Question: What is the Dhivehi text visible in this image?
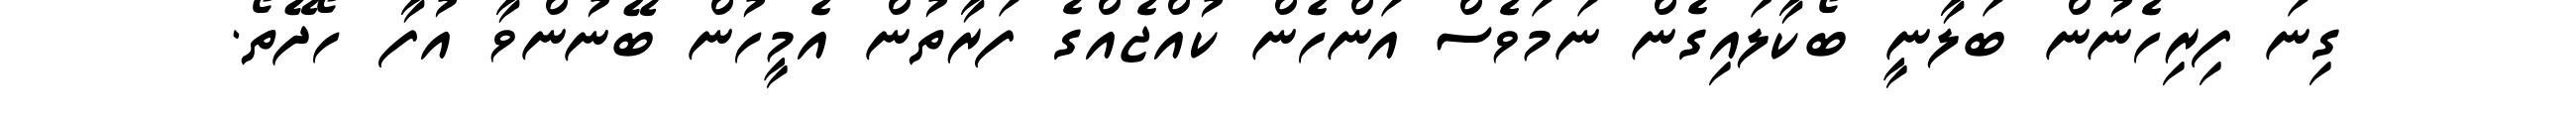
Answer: ގިނަ ފިރިހެނުން ބަލާނީ ބޯކާލައިގެން ނަމަވެސް އަންހެން ކުއްޖެއްގެ ފަރާތުން އެމީހުން ބޭނުންވާ އުފާ ހޯދޭތޯ.